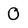
Character: 0